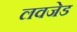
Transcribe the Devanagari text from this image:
लवजेड